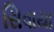
સિવાયા